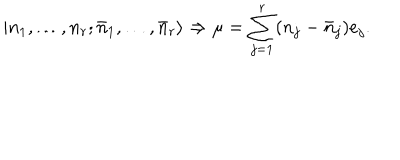
LaTeX: | n _ { 1 } , \ldots , n _ { r } ; \bar { n } _ { 1 } , \ldots , \bar { n } _ { r } \rangle \Rightarrow \mu = \sum _ { j = 1 } ^ { r } ( n _ { j } - \bar { n } _ { j } ) e _ { j } .